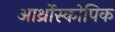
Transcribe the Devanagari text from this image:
आर्थ्रोस्कोपिक